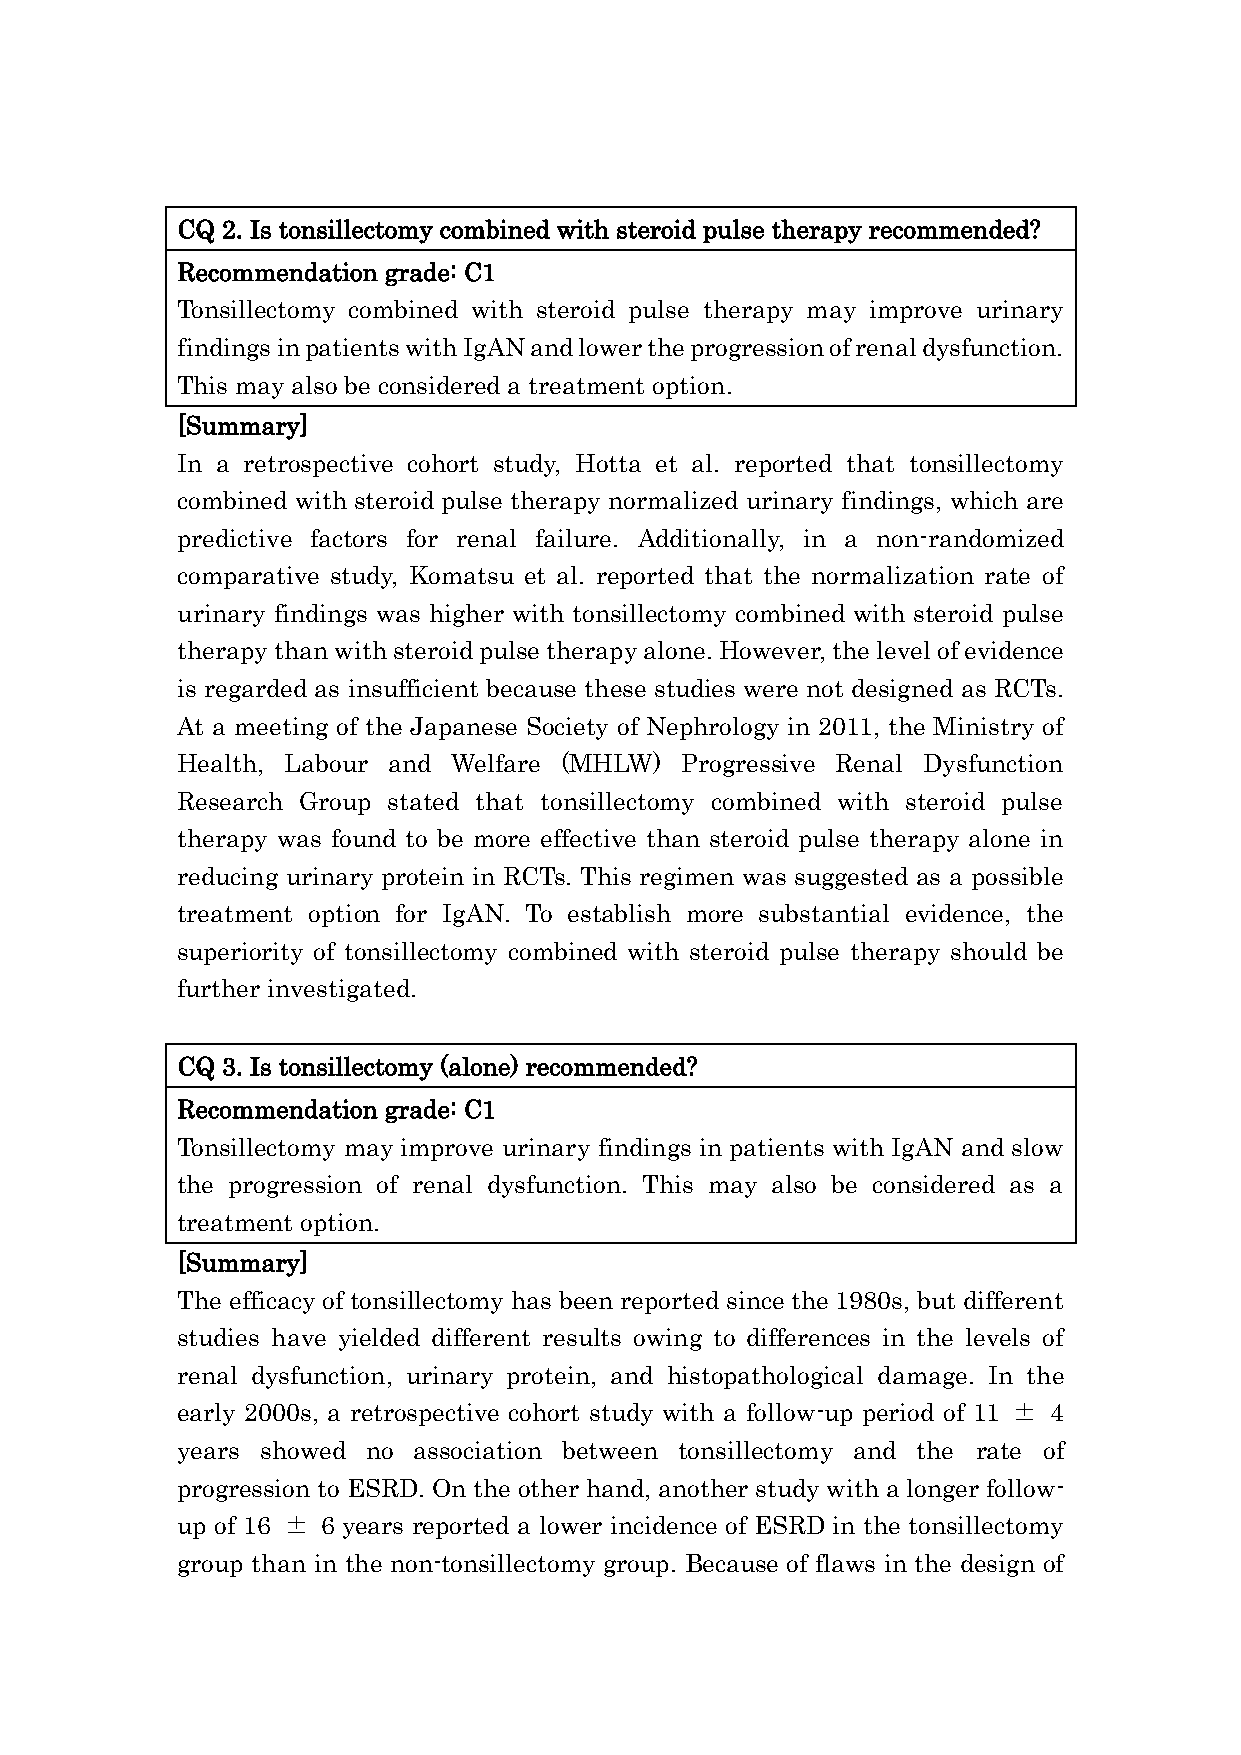
CQ 2. Is tonsillectomy combined with steroid pulse therapy recommended?
 Recommendation grade: C1
 Tonsillectomy combined with steroid pulse therapy may improve urinary
 findings in patients with IgAN and lower the progression of renal dysfunction.
 This may also be considered a treatment option.
 [Summary]
 In a retrospective cohort study, Hotta et al. reported that tonsillectomy
 combined with steroid pulse therapy normalized urinary findings, which are
 predictive factors for renal failure. Additionally, in a non-randomized
 comparative study, Komatsu et al. reported that the normalization rate of
 urinary findings was higher with tonsillectomy combined with steroid pulse
 therapy than with steroid pulse therapy alone. However, the level of evidence
 is regarded as insufficient because these studies were not designed as RCTs.
 At a meeting of the Japanese Society of Nephrology in 2011, the Ministry of
 Health, Labour and Welfare (MHLW) Progressive Renal Dysfunction
 Research Group stated that tonsillectomy combined with steroid pulse
 therapy was found to be more effective than steroid pulse therapy alone in
 reducing urinary protein in RCTs. This regimen was suggested as a possible
 treatment option for IgAN. To establish more substantial evidence, the
 superiority of tonsillectomy combined with steroid pulse therapy should be
 further investigated.
 CQ 3. Is tonsillectomy (alone) recommended?
 Recommendation grade: C1
 Tonsillectomy may improve urinary findings in patients with IgAN and slow
 the progression of renal dysfunction. This may also be considered as a
 treatment option.
 [Summary]
 The efficacy of tonsillectomy has been reported since the 1980s, but different
 studies have yielded different results owing to differences in the levels of
 renal dysfunction, urinary protein, and histopathological damage. In the
 early 2000s, a retrospective cohort study with a follow-up period of 11 ± 4
 years showed no association between tonsillectomy and the rate of
 progression to ESRD. On the other hand, another study with a longer follow-
 up of 16 ± 6 years reported a lower incidence of ESRD in the tonsillectomy
 group than in the non-tonsillectomy group. Because of flaws in the design of